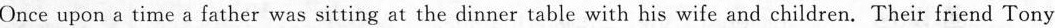
Once upon a time a father was sitting at the dinner table with his wife and children. Their friend Tony